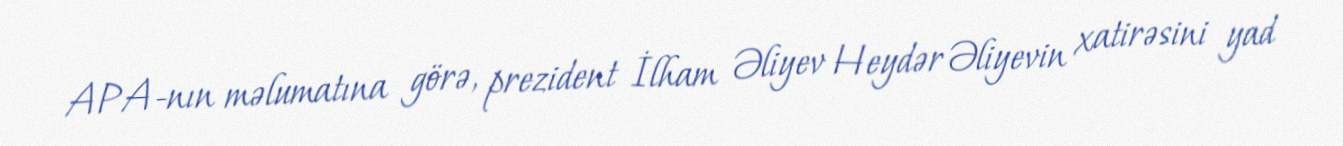
APA-nın məlumatına görə, prezident İlham Əliyev Heydər Əliyevin xatirəsini yad